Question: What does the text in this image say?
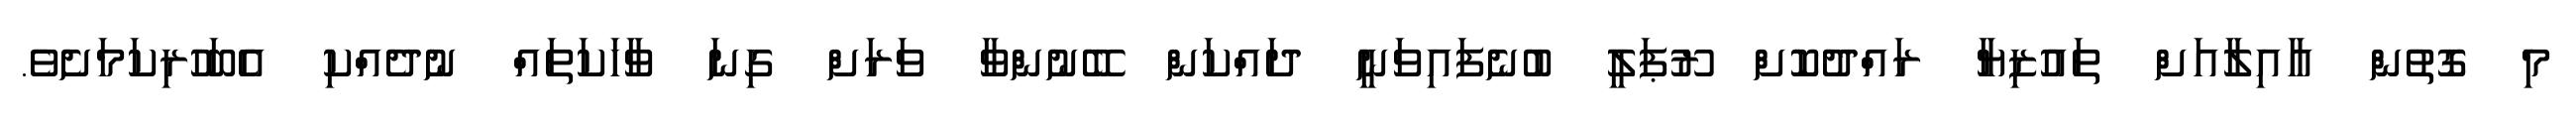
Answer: މި ގޮތުން އާއިލާއަށް ތައުޒިޔާ ރައްދުކޮށް ރޫޕަލީ ބުނެފައިވަނީ ދައްކަން ބޭނުންވާ ވަރަށް ގިނަ ވާހަކަތައް ނުދެއްކި އެބަހުރިކަމަށެވެ.